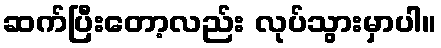
ဆက်ပြီးတော့လည်း လုပ်သွားမှာပါ။